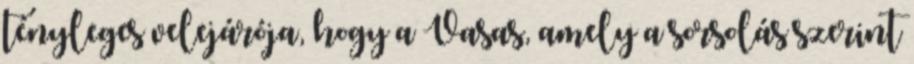
tényleges velejárója, hogy a Vasas, amely a sorsolás szerint